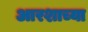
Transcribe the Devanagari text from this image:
आरशाच्या